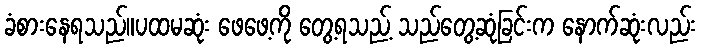
ခံစားနေရသည်။ပထမဆုံး ဖေဖေ့ကို တွေ့ရသည့် သည်တွေ့ဆုံခြင်းက နောက်ဆုံးလည်း